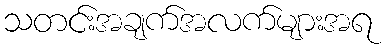
သတင်းအချက်အလက်များအရ